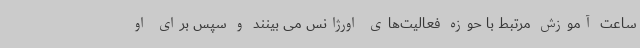
ساعت آموزش مرتبط با حوزه فعالیت‌های اورژانس می بینند و سپس برای او